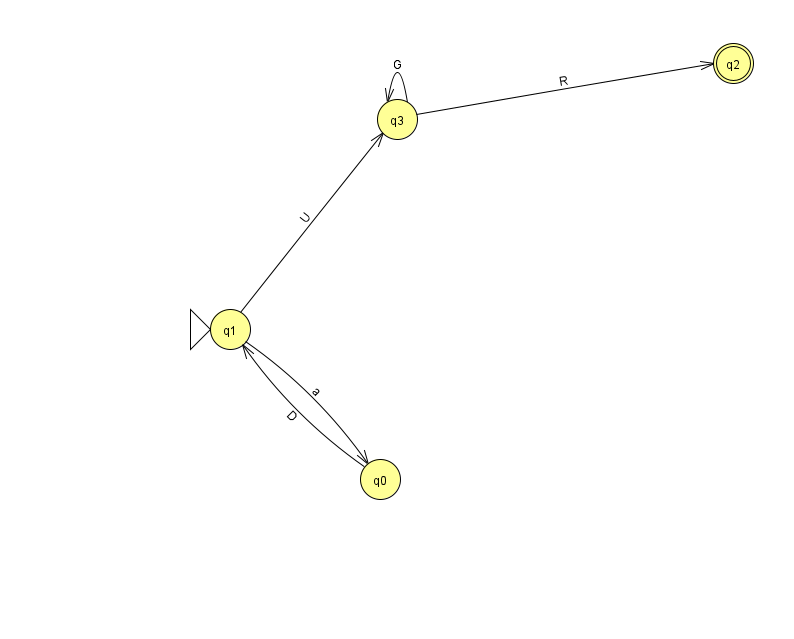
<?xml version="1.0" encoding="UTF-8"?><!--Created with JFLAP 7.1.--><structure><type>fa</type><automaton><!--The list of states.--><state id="0" name="q0"><x>380.0</x><y>466.0</y></state><state id="1" name="q1"><x>230.0</x><y>316.0</y><initial/></state><state id="2" name="q2"><x>733.0</x><y>50.0</y><final/></state><state id="3" name="q3"><x>397.0</x><y>106.0</y></state><!--The list of transitions.--><transition><from>3</from><to>3</to><read>G</read></transition><transition><from>1</from><to>3</to><read>U</read></transition><transition><from>0</from><to>1</to><read>D</read></transition><transition><from>1</from><to>0</to><read>a</read></transition><transition><from>3</from><to>2</to><read>R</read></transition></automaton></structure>